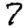
Digit: 7